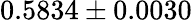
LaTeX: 0.5834\pm 0.0030